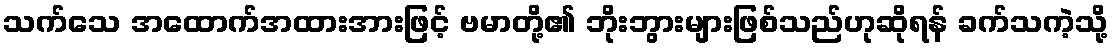
သက်သေ အထောက်အထားအားဖြင့် ဗမာတို့၏ ဘိုးဘွားများဖြစ်သည်ဟုဆိုရန် ခက်သကဲ့သို့